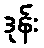
ဒုန်း